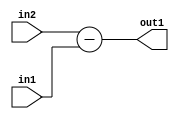
`timescale 1ps / 1ps
/*****************************************************************************
    Verilog RTL Description
    
    
    Created by: Stratus DpOpt 2019.1.01 
*******************************************************************************/

module st_weight_addr_gen_Sub_16Ux16U_17S_4_4 (
	in2,
	in1,
	out1
	); /* architecture "behavioural" */ 
input [15:0] in2,
	in1;
output [16:0] out1;
wire [16:0] asc001;

assign asc001 = 
	+(in2)
	-(in1);

assign out1 = asc001;
endmodule

/* CADENCE  ubDyQw8= : u9/ySgnWtBlWxVPRXgAZ4Og= ** DO NOT EDIT THIS LINE ******/